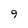
Character: 9